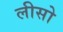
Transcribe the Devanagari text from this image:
लीसो